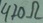
Text: 470Ω